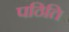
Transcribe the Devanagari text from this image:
पठिति